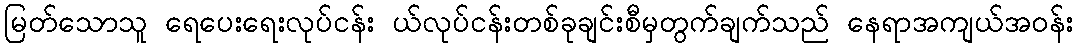
မြတ်သောသူ ရေပေးရေးလုပ်ငန်း ယ်လုပ်ငန်းတစ်ခုချင်းစီမှတွက်ချက်သည် နေရာအကျယ်အဝန်း